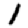
Digit: 1